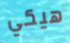
هيكي